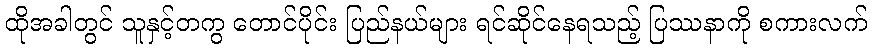
ထိုအခါတွင် သူနှင့်တကွ တောင်ပိုင်း ပြည်နယ်များ ရင်ဆိုင်နေရသည့် ပြဿနာကို စကားလက်